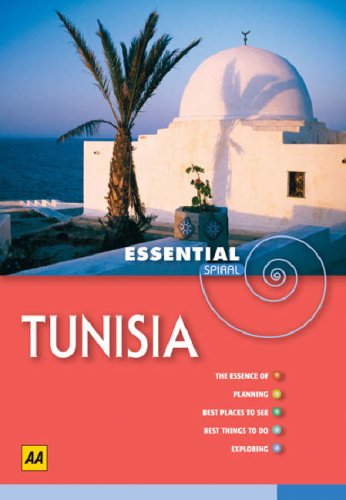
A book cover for AA Essential Spiral Tunisia (AA Essential Spiral Guides); AA Publishing; Travel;